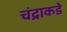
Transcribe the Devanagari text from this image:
चंद्राकडे